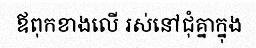
ឪពុកខាងលើ រស់នៅជុំគ្នាក្នុង